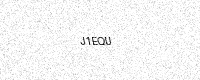
Text: J1EQU